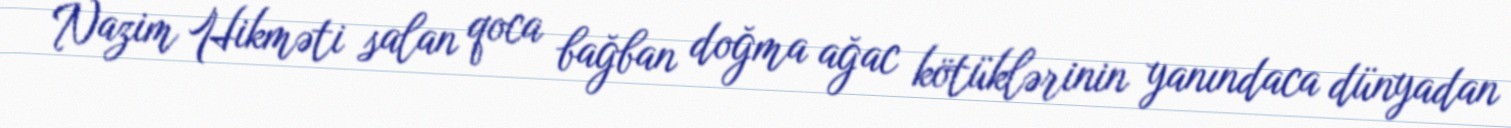
Nazim Hikməti salan qoca bağban doğma ağac kötüklərinin yanındaca dünyadan